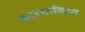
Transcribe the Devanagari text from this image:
कारमालिटस